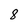
Character: 8